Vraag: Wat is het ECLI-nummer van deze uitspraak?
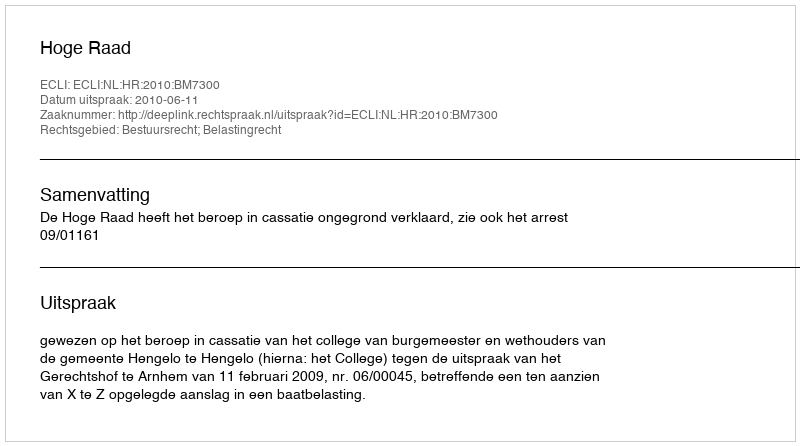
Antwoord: ECLI:NL:HR:2010:BM7300